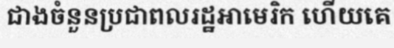
ជាងចំនួនប្រជាពលរដ្ឋអាមេរិក ហើយគេ